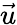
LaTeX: \vec{u}